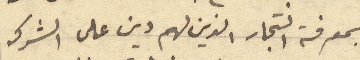
بمعرفة التجار الذين لهم دين على الشركه